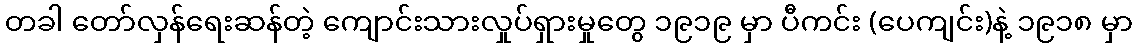
တခါ တော်လှန်ရေးဆန်တဲ့ ကျောင်းသားလှုပ်ရှားမှုတွေ ၁၉၁၉ မှာ ပီကင်း (ပေကျင်း)နဲ့ ၁၉၁၈ မှာ